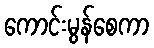
ကောင်းမွန်စေကာ